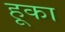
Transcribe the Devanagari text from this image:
हूका